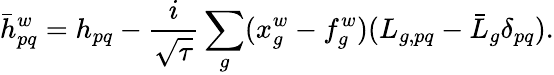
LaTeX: \bar{h}_{pq}^{w}=h_{pq}-\frac{i}{\sqrt{\tau}}\sum_{g}(x_{g}^{w}-f_{g}^{w})(L_{g,pq}-\bar{L}_{g}\delta_{pq}).